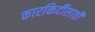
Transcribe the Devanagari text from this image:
कारकिर्दीसाठी